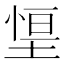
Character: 𭏃